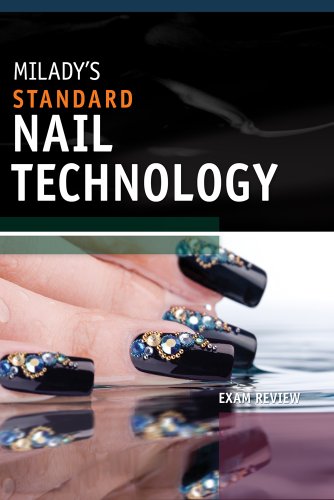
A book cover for Exam Review for Milady's Standard Nail Technology; Milady; Test Preparation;